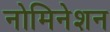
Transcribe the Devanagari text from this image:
नोमिनेशन